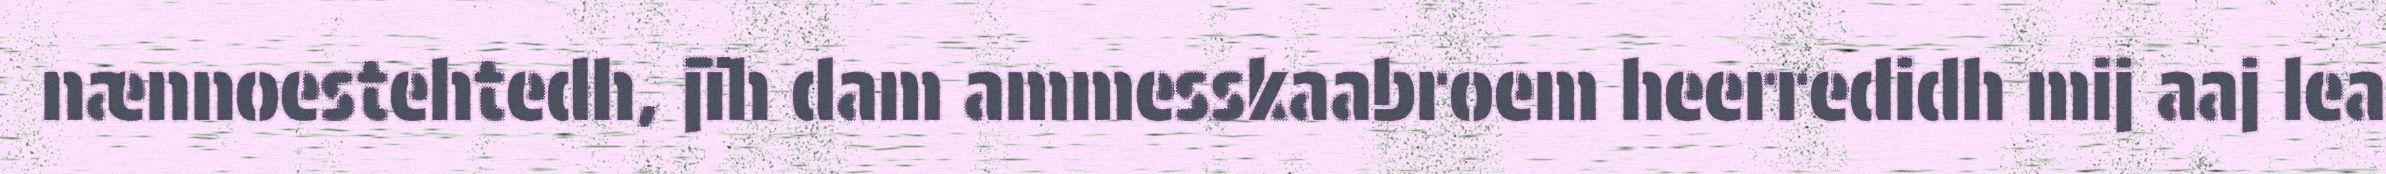
nænnoestehtedh, jïh dam ammesskaabroem heerredidh mij aaj lea